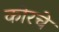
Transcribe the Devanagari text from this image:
कोरचे